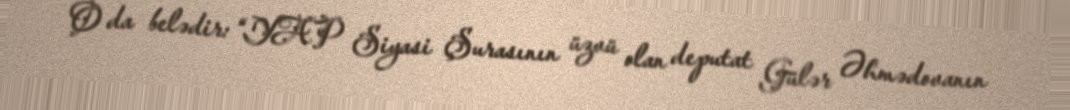
O da belədir: “YAP Siyasi Şurasının üzvü olan deputat Gülər Əhmədovanın